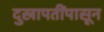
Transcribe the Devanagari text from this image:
दुखापतींपासून